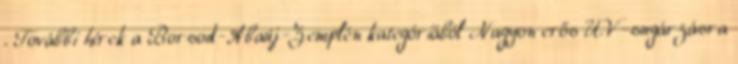
. További hírek a Borsod-Abaúj-Zemplén kategóriából Nagyon erős UV-sugárzásra